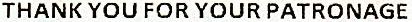
THANK YOU FOR YOUR PATRONAGE